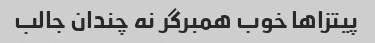
پیتزا‌ها خوب همبرگر نه چندان جالب